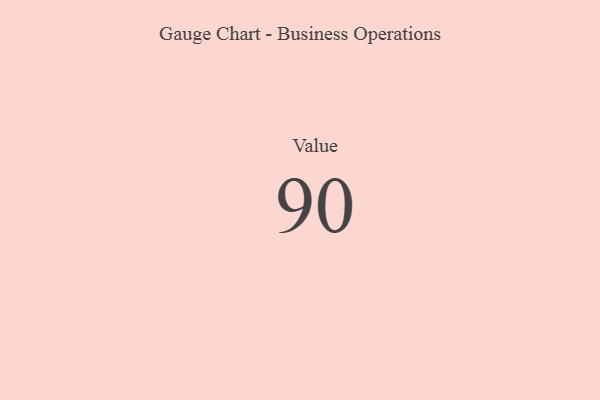
{"axis": {"x": "Metric", "y": "Value"}, "legend": [""], "data": [{"x": "Value", "y": 90, "type": ""}]}